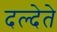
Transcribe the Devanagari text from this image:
दल्देते